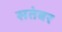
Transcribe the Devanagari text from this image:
सतंबर